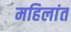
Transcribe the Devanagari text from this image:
महिलांत